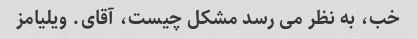
خب، به نظر می رسد مشکل چیست، آقای. ویلیامز